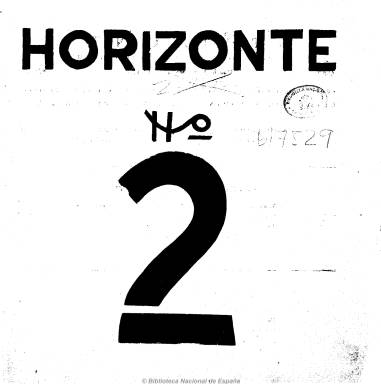
Título: Horizonte (Madrid. 1922)
Colección: Literatura
Ámbito geográfico: Madrid
Lugar de publicación: Madrid
Fechas: 30/11/1922-15/12/1922

Fundada por Pedro Garfias (1901-1967), quien, junto a Juan Chabás  y José Rivas Panedas, todos ellos considerados después como escritores menores de la generación del 27, fueron los tres directores literarios de su primer número, aparecido el 15 de noviembre de 1922. Será una de las últimas revistas adscritas al movimiento ultraísta, pero reunirá en sus páginas a tres grupos de creadores –los novecentistas, los vanguardistas y los neopopulares- y, según el propio Garfias, lo será como enlace entre dos generaciones líricas. Para Rafael Alberti, quien publicará en ella sus primeros poemas, la publicación será “un arco iris tras el aguacero ultraísta”.

Con un amplio formato y la intención de tener una aparición decenal  -los días 10, 20 y 30 de cada mes-, sus números 2 y 3 salen el 30 de noviembre y el 15 de diciembre, respectivamente, es decir, con periodicidad quincenal, habiendo Chabás ya abandonado la codirección.

Se dedicará preferentemente a la creación poética, pero incluirá también prosa, y una sección de crítica de libros, revistas y exposiciones. Además de los citados Garfias, Chabás y Rivas Panedas, se dan cita poetas y escritores consagrados como Juan Ramón Jiménez (en su número 3), Antonio Machado, Ramón Gómez de la Serna o Eugenio D’Ors, junto a vanguardistas, como Eugenio Montes, Adriano del Valle, Antonio Espina o Guillermo de Torre, y con quienes integrarán el grueso del 27: Gerardo Diego (en su periodo de transición), Dámaso Alonso o José Bergamín, además de José Moreno Villa, Antonio Marichalar o Mauricio Bacarise, y los entonces jóvenes Luis Buñuel o Federico García Lorca. La crítica de arte la firma Marjan Paszkiewicz, que dedica una de ellas a Pablo Picasso.

Está ilustrada con grabados en madera y dibujos de Norah Borges, Rafael Barradas, José María Ucelay, Pancho Cossío, Francisco Bores y Wladyslaw Jahl, apareciendo este también como  director artístico de la revista, en sus números 2 y 3. Mientras que como secretario de redacción aparecerá J. Martón e Izaguirre.

La colección de la Biblioteca Nacional consta de los números 2 y 3, de 16 páginas cada uno y a un precio de 40 céntimos el ejemplar, con el subtítulo “arte, literatura, crítica”. El número 4 aparece en enero de 1923, y el número 5, sin indicación de fecha, y con el subtítulo “revista de arte”, siendo ya Chabás su único director; administrador, Rafael Pérez Conde, y secretario de redacción, Benjamín Jarnés. En 1991, los cinco números de la revista fueron editados en facsímil, con prólogo e índices de José María Barreda.